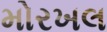
મોરખલ